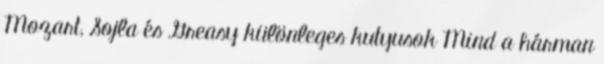
Mozart, Sojla és Greasy különleges kutyusok Mind a hárman